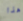
هذا